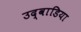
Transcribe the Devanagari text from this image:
उद्वाडिया